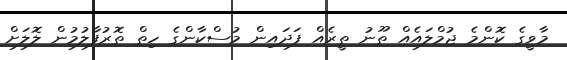
މާވީގެ ކޮންމެ ޖުމްލައެއް ތޫނު ތީރެއް ފަދައިން މުސްކާންގެ ހިތް ތޮރުފާލުމުން ލޮލަށް